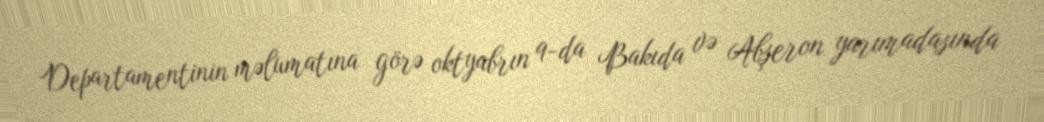
Departamentinin məlumatına görə oktyabrın 9-da Bakıda və Abşeron yarımadasında